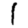
Digit: 1